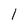
Character: 1